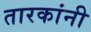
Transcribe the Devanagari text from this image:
तारकांनी